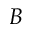
\boldsymbol { B }